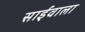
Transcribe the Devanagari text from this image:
साईंवाला